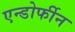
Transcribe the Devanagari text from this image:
एन्डोर्फीन